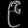
Digit: ၉